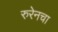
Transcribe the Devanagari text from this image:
रुरेनचा